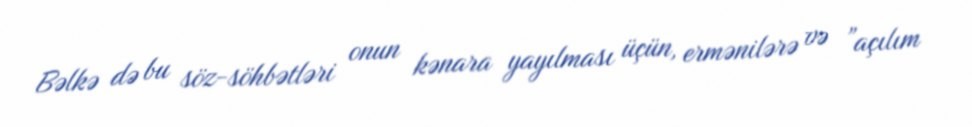
Bəlkə də bu söz-söhbətləri onun kənara yayılması üçün, ermənilərə və ”açılım